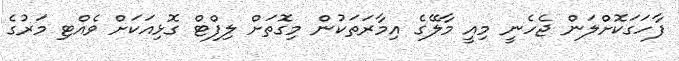
ފާހަގަކޮށްލަން ޖެހެނީ މިއީ މާލޭގެ އިމާރަތަކުން މިގޮތަށް ލިފްޓް ގޮޅިއަކަށް ވެއްޓި މަރުގެ